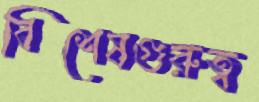
বিশেষগুরুত্ব